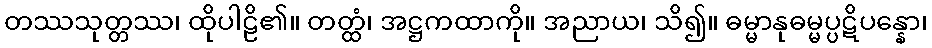
တဿသုတ္တဿ၊ ထိုပါဠိ၏။ တတ္ထံ၊ အဋ္ဌကထာကို။ အညာယ၊ သိ၍။ ဓမ္မာနုဓမ္မပ္ပဋိပန္နော၊